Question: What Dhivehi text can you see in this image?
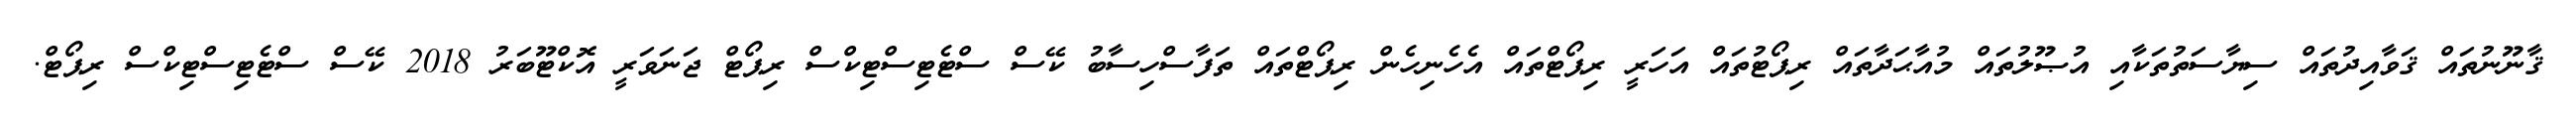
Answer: ޤާނޫނުތައް ޤަވާއިދުތައް ސިޔާސަތުތަކާއި އުޞޫލުތައް މުއާޙަދާތައް ރިޕޯޓުތައް އަހަރީ ރިޕޯޓްތައް އެހެނިހެން ރިޕޯޓްތައް ތަފާސްހިސާބު ކޭސް ސްޓެޓިސްޓިކްސް ރިޕޯޓް ޖަނަވަރީ އޮކްޓޫބަރު 2018 ކޭސް ސްޓެޓިސްޓިކްސް ރިޕޯޓް.